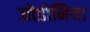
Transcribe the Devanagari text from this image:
जोडोनिया